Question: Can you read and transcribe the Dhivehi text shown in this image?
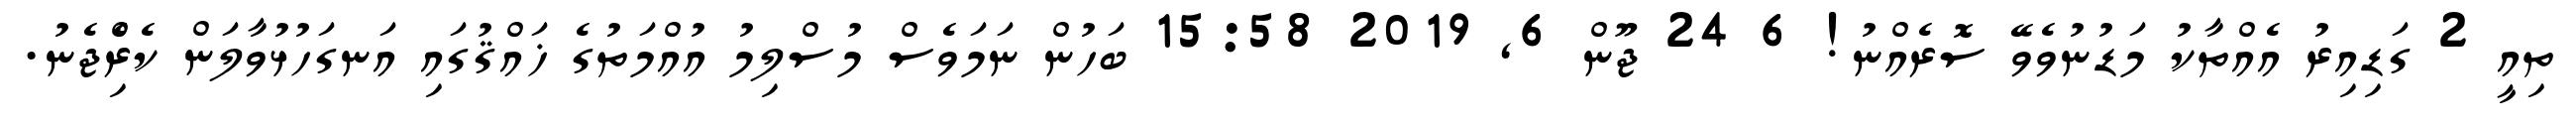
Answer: ތިއީ 2 ގަޑިއިރު އެއްތާކު މަޑުނުވެވޭ ސޮރެއްނު! 6 24 ޖޫން 6, 2019 15:58 ބަހުން ނަމަވެސް މުސްލިމު އުއްމަތުގެ ޚައްޤުގައި އަނގަހުޅުވާލަން ކެރިެްޖެނު.